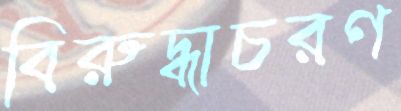
বিরুদ্ধাচরণ